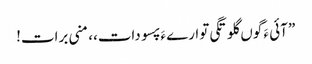
” آئی ءَ گوں گلوتگی توارے ءَ پسو دات،، منی برات!